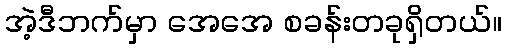
အဲ့ဒီဘက်မှာ အေအေ စခန်းတခုရှိတယ်။